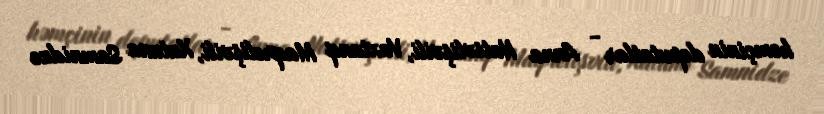
həmçinin deputatlar - Anna Natsvlişvili, Vaxtanq Maqrelişvili, Xatuna Samnidze